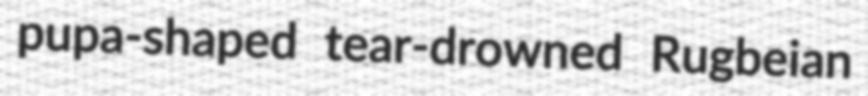
pupa-shaped tear-drowned Rugbeian